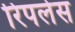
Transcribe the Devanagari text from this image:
रिपलेस